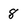
Character: 8